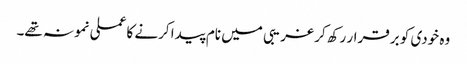
وہ خودی کو برقرار رکھ کر غریبی میں نام پیدا کرنے کا عملی نمونہ تھے۔